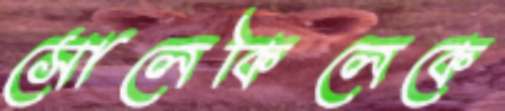
সোলেকিলেকে